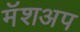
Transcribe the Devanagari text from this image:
मॅशअप